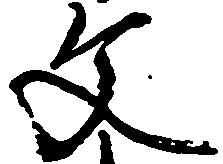
文